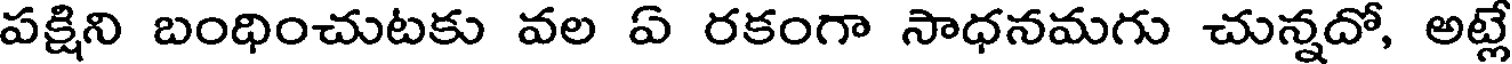
పక్షిని బంధించుటకు వల ఏ రకంగా సాధనమగు చున్నదో, అట్లే